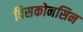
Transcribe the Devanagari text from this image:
विसकोनसिन